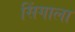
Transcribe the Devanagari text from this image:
सिंगाला